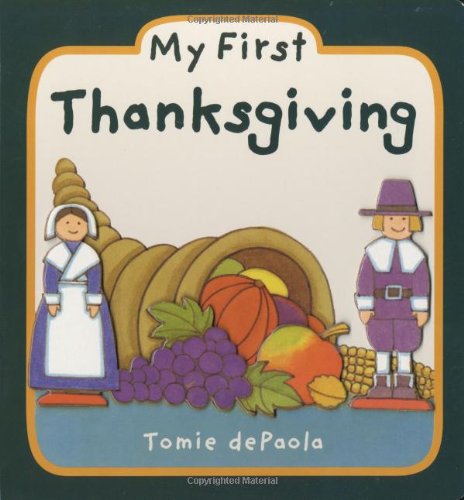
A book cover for My First Thanksgiving; Tomie dePaola; Children's Books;